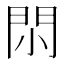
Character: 𨳒